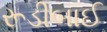
રૂડીબાઈ